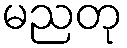
မညတု